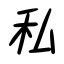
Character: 私